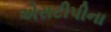
એસટીપીના